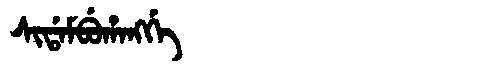
Manchu: ᠰᡳᡩᠠᠮᠪᡠᡥᠠᠩᡤᡝ
Romanization: SIDAMBUHANGGE